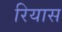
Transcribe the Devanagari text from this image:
रियास